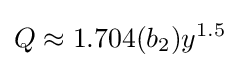
Q\approx 1.704(b_{2})y^{1.5}